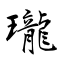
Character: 瓏